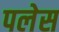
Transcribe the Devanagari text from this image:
पलेस